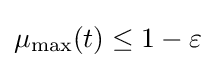
\mu _{\max }(t)\leq 1-\varepsilon